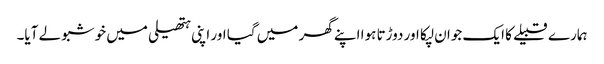
ہمارے قبیلے کا ایک جوان لپکا اور دوڑتا ہوا اپنے گھر میں گیا اور اپنی ہتھیلی میں خوشبو لے آیا۔